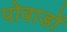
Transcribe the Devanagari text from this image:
पोवाडों